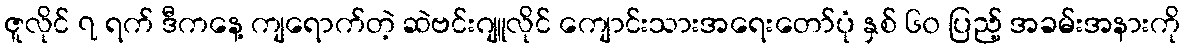
ဇူလိုင် ၇ ရက် ဒီကနေ့ ကျရောက်တဲ့ ဆဲဗင်းဂျူလိုင် ကျောင်းသားအရေးတော်ပုံ နှစ် ၆၀ ပြည့် အခမ်းအနားကို